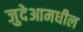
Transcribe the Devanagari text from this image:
जुदेआमधील